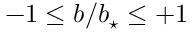
- 1 \leq b / \ensuremath { b _ { \star } } \leq + 1